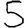
Digit: 5